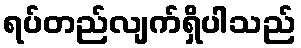
ရပ်တည်လျက်ရှိပါသည်